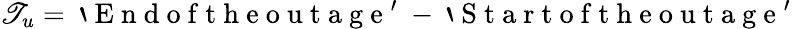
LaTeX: \mathscr{T}_{u}=\mathrm{{~`~E~n~d~o~f~t~h~e~o~u~t~a~g~e~'~}}-\mathrm{{~`~S~t~a~r~t~o~f~t~h~e~o~u~t~a~g~e~'~}}